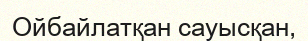
Ойбайлатқан сауысқан,